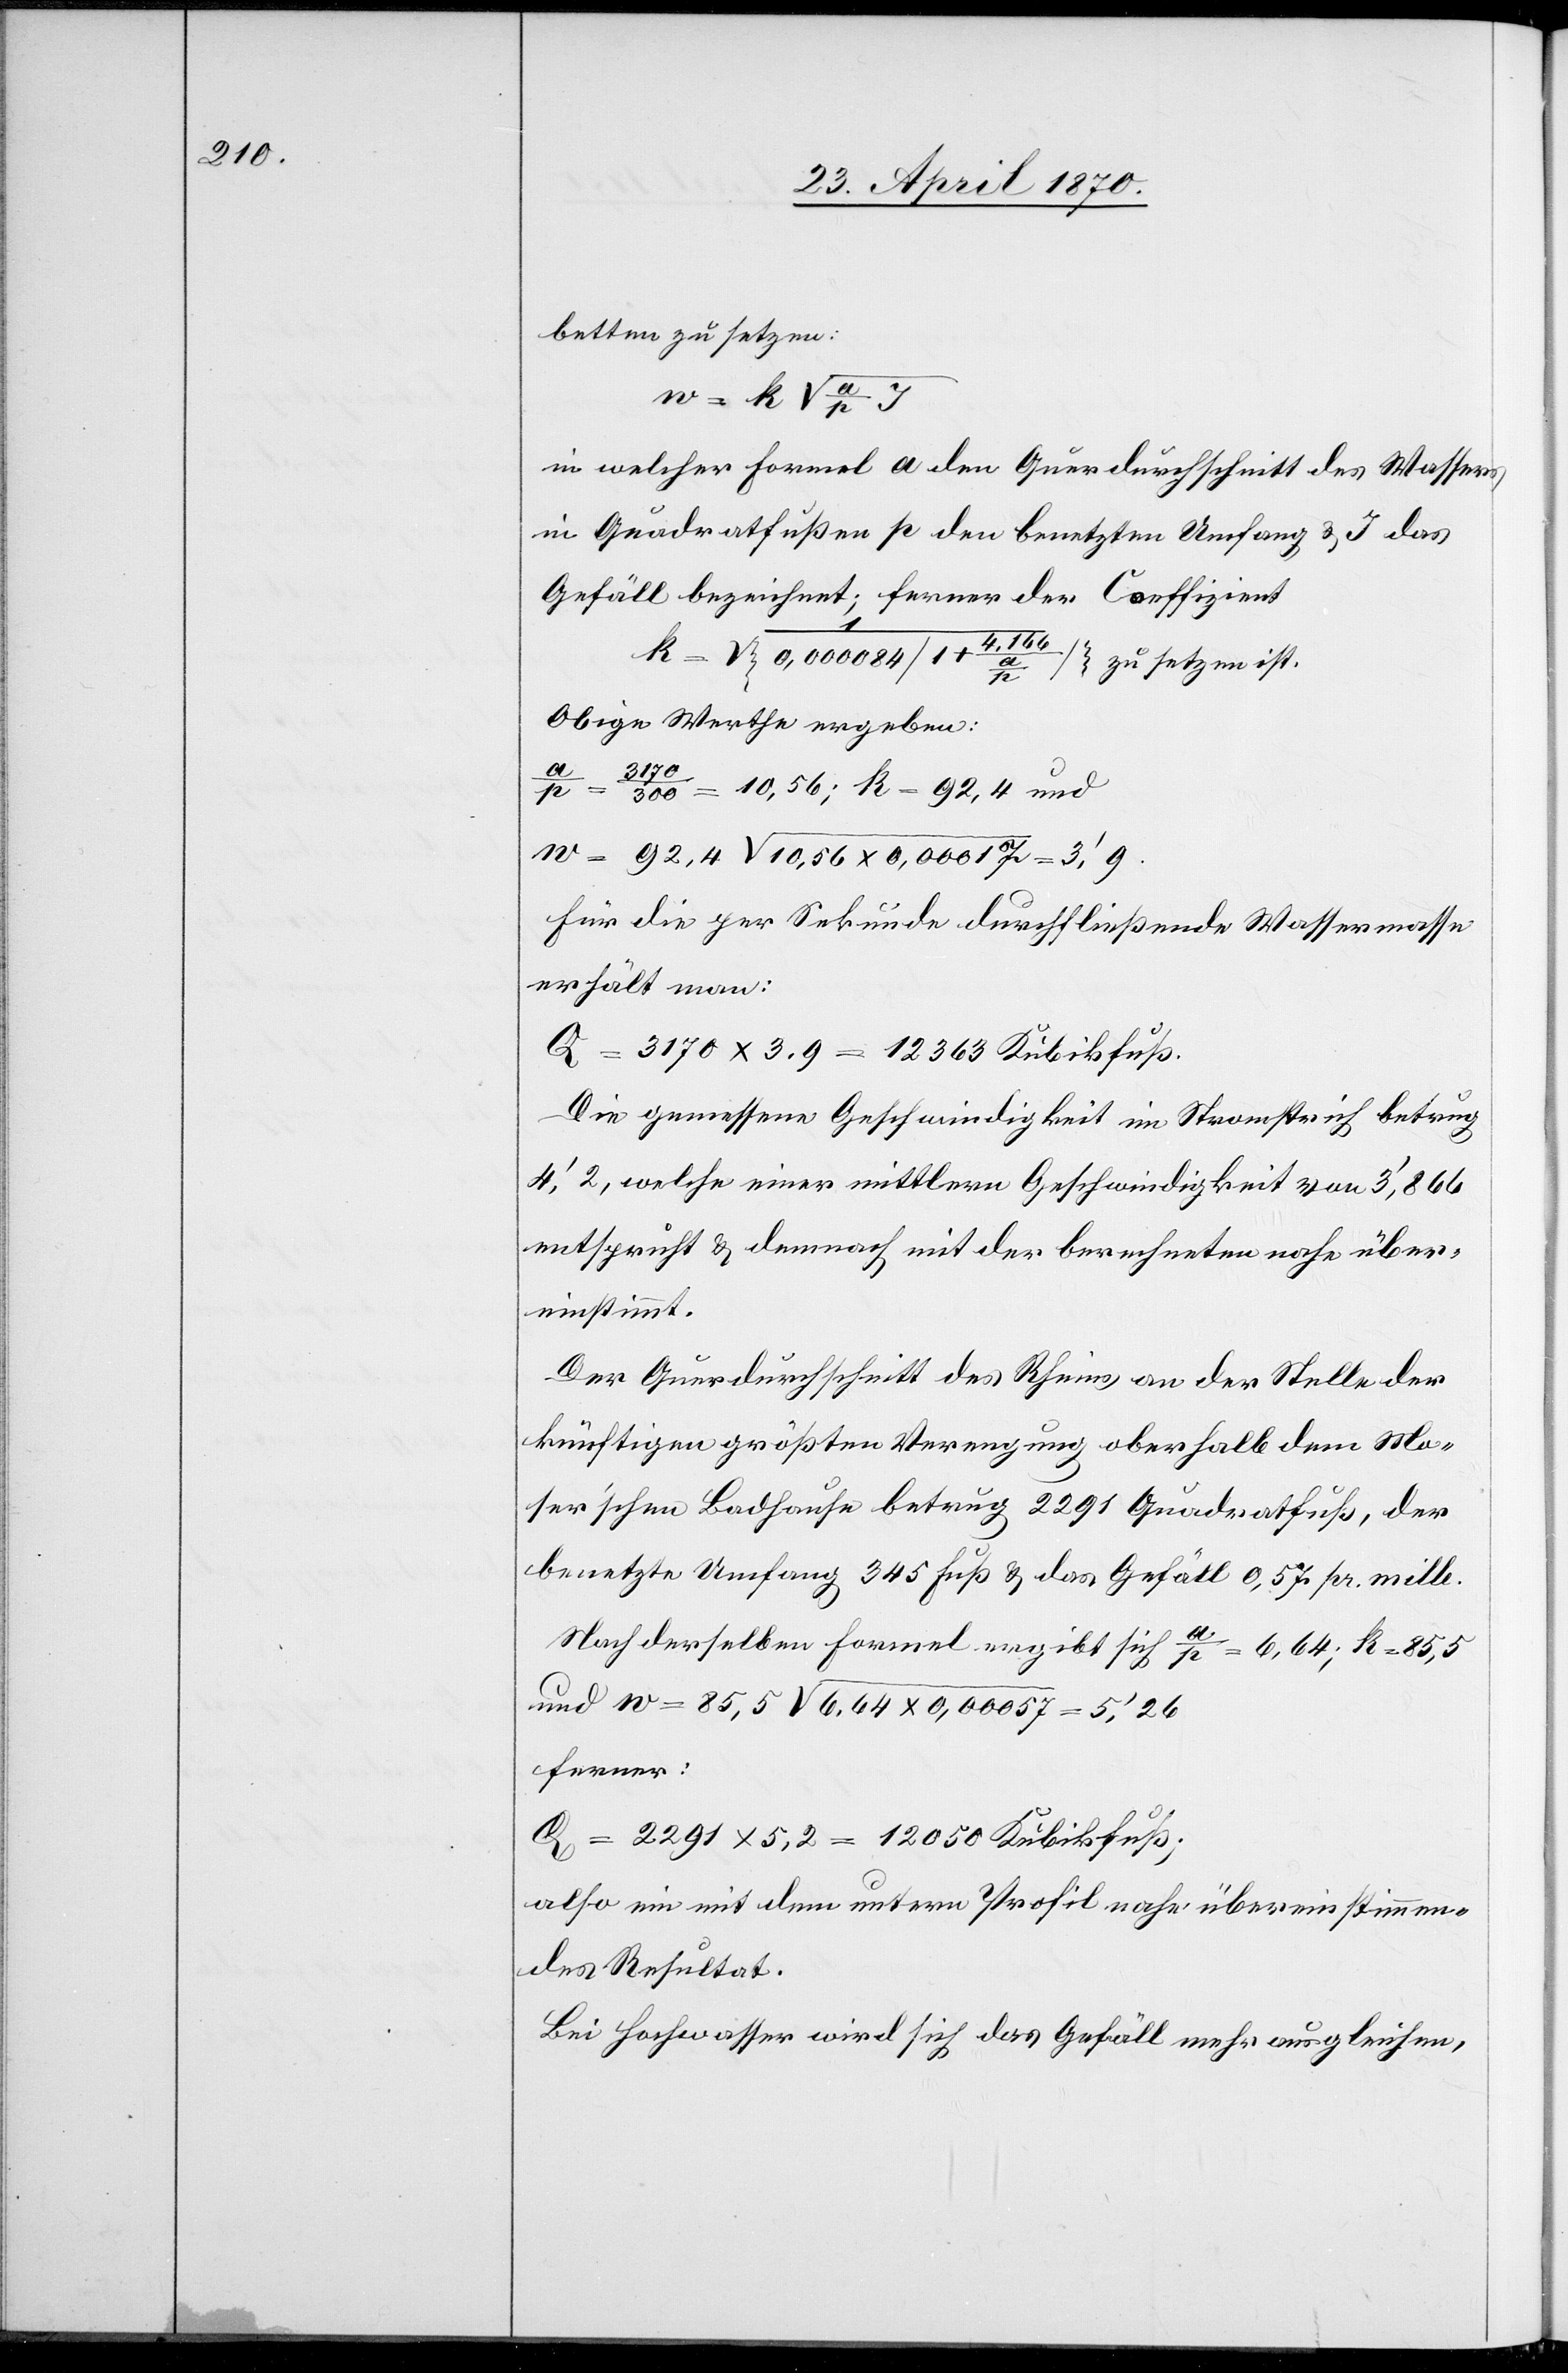
betten zu setzen:
in welcher Formel a den Querdurchschnitt des Wassers
in Quadratfußen[,] p den benetzten Umfang & J das
Gefäll bezeichnet; ferner der Coeffizient
Obige Werthe ergeben:
𝑥
3170/300
= 10,56; k = 92,4 und
Für die per Sekunde durchfließende Wassermasse
erhält man:
Q = 3170 x 3.9 = 12363 Kubikfuß.
Die gemessene Geschwindigkeit im Stromstrich betrug
4‘,2, welche einer mittleren Geschwindigkeit von 3‘,866
entspricht & demnach mit der berechneten nahe über¬
einstimmt.
Der Querdurchschnitt des Rheins an der Stelle der
künftigen größten Verengung oberhalb dem Mo¬
ser’schen Badhause betrug 2291 Quadratfuß, der
benetzte Umfang 345 Fuß & das Gefäll 0,57 pr. mille.
Nach derselben Formel ergibt sich a/p = 6,64; k = 85,5
ferner:
Q = 2291 x 5,2 = 12050 Kubikfuß;
also ein mit dem unterm Profil nahe übereinstimmen¬
des Resultat.
Bei Hochwasser wird sich das Gefäll mehr ausgleichen,